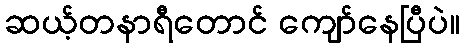
ဆယ့်တနာရီတောင် ကျော်နေပြီပဲ။